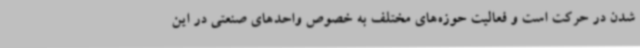
شدن در حرکت است و فعالیت حوزه‌های مختلف به خصوص واحدهای صنعتی در این